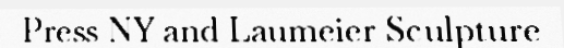
Press NY and Laumeier Sculpture